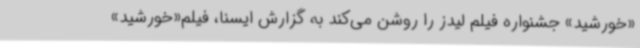
«خورشید» جشنواره فیلم لیدز را روشن می‌کند به گزارش ایسنا، فیلم«خورشید»